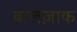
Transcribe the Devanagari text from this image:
बालज़ाक